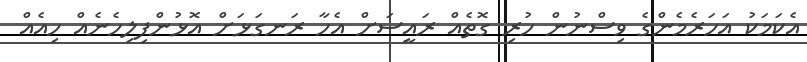
އެކަމަކު އަހަރެމެންގެ ވިސްނުން ހުރި ގޮތެއް ރައީސަށް އެހާ ރަނގަޅަށް އޮޅުންފިލިހެނެއް ހިއެއް